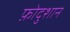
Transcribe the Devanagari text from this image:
फ़ोदुशान